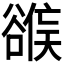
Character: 𰶕